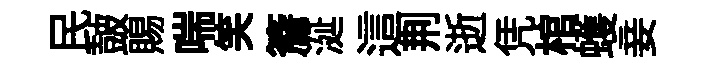
民皷賜喘笑簷涎這荆逝凭棺蠖妾